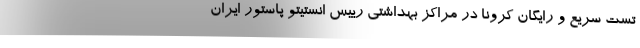
تست سریع و رایگان کرونا در مراکز بهداشتی رییس انستیتو پاستور ایران